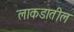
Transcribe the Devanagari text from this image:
लाकडातील